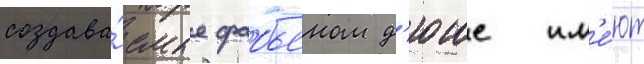
создава́емые фабьеном д'юше им'е́ют